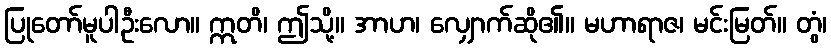
ပြုတော်မူပါဦးလော။ ဣတိ၊ ဤသို့။ အာဟ၊ လျှောက်ဆို၏။ မဟာရာဇ၊ မင်းမြတ်။ တွံ၊